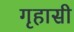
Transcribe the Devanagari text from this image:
गृहासी